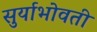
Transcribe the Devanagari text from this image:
सुर्याभोवती